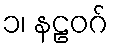
၁၊ နဠဝဂ်